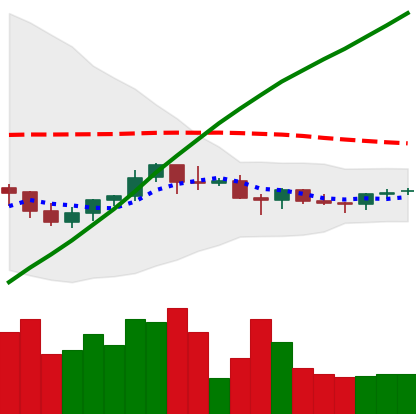
Ticker: BNB-USD
Chart end date: 2021-06-15
Forward return: -8.967%
Label: down_7plus